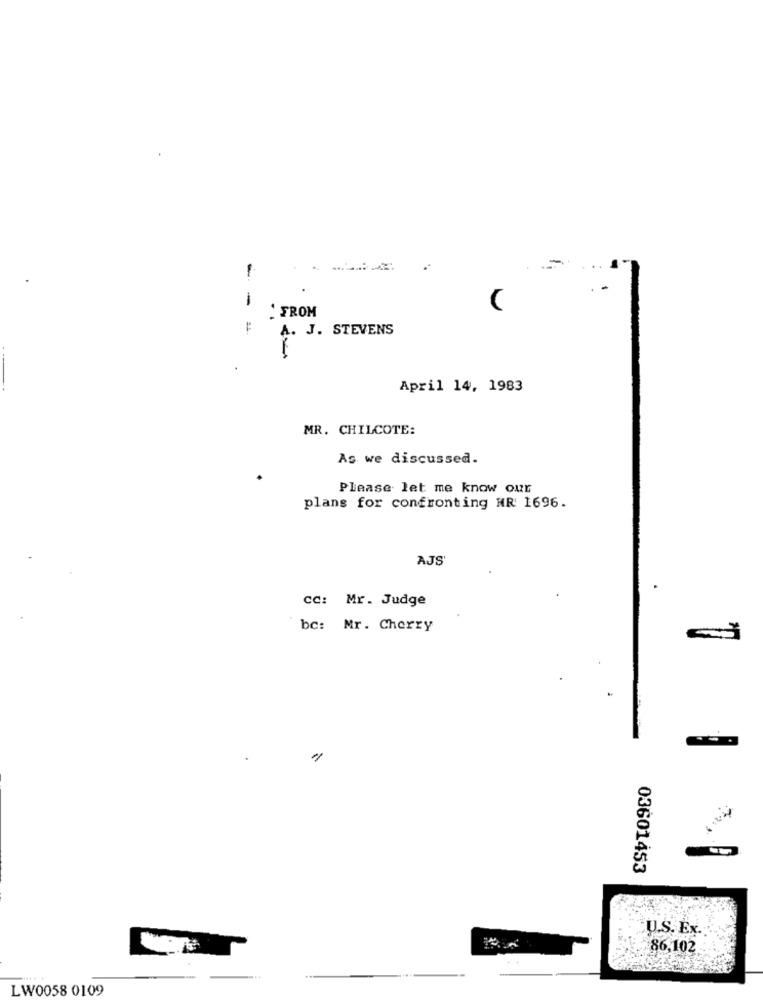
--
-
1
. FROM
A. J. STEVENS
April 14, 1983
MR. CHILCOTE:
As we discussed.
Please let me know our
plans for confronting HR 1696.
AJS'
CC: Mr. Judge
bc: Mr. Cherry
03601453
U.S. Ex.
86,102
LW0058 0109